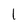
Character: l